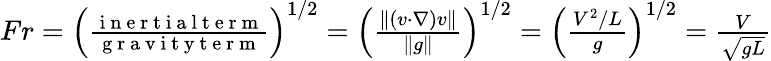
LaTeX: \begin{array}{r}{Fr=\left(\frac{\mathrm{~i~n~e~r~t~i~a~l~t~e~r~m~}}{\mathrm{~g~r~a~v~i~t~y~t~e~r~m~}}\right)^{1/2}=\left(\frac{\| (v\cdot\nabla)v\| }{\| g\| }\right)^{1/2}=\left(\frac{V^{2}/L}{g}\right)^{1/2}=\frac{V}{\sqrt{gL}}}\end{array}